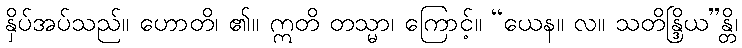
နှိပ်အပ်သည်။ ဟောတိ၊ ၏။ ဣတိ တသ္မာ၊ ကြောင့်။ “ယေန။ လ။ သတိန္ဒြိယ”န္တိ၊